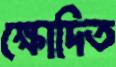
ক্ষোদিত